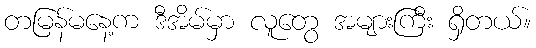
တမြန်မနေ့က ဒီအိမ်မှာ လူတွေ အများကြီး ရှိတယ်။